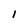
Character: 1